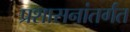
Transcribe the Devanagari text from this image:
प्रशासनांतर्गंत